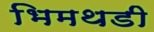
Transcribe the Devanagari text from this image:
भिमथडी